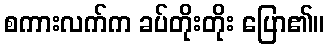
စကားလက်က ခပ်တိုးတိုး ပြော၏။